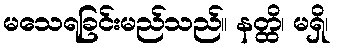
မသေရခြင်းမည်သည်။ နတ္ထိ၊ မရှိ၊